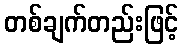
တစ်ချက်တည်းဖြင့်